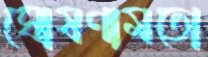
ঘোষণামতো